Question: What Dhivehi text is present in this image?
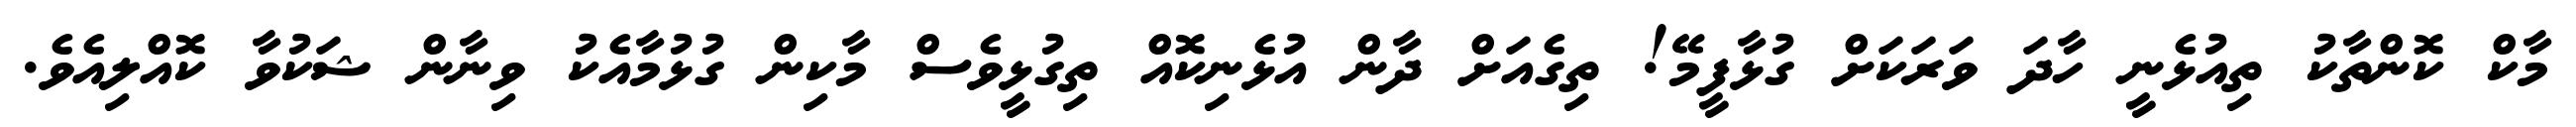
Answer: މާކް ކޮންތާކު ތިއުޅެނީ ހާދަ ވަރަކަށް ގުޅާފީމޭ! ތިގެއަށް ދާން އުޅެނިކޮއް ތިގުޅީވެސް މާކިން ގުޅުމާއެކު ވިނާން ޝަކުވާ ކޮއްލިއެވެ.